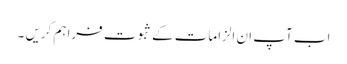
اب آپ ان الزامات کے ثبوت فراہم کریں ۔